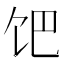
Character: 𩠀